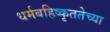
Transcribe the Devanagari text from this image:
धर्मबहिष्कृततेच्या